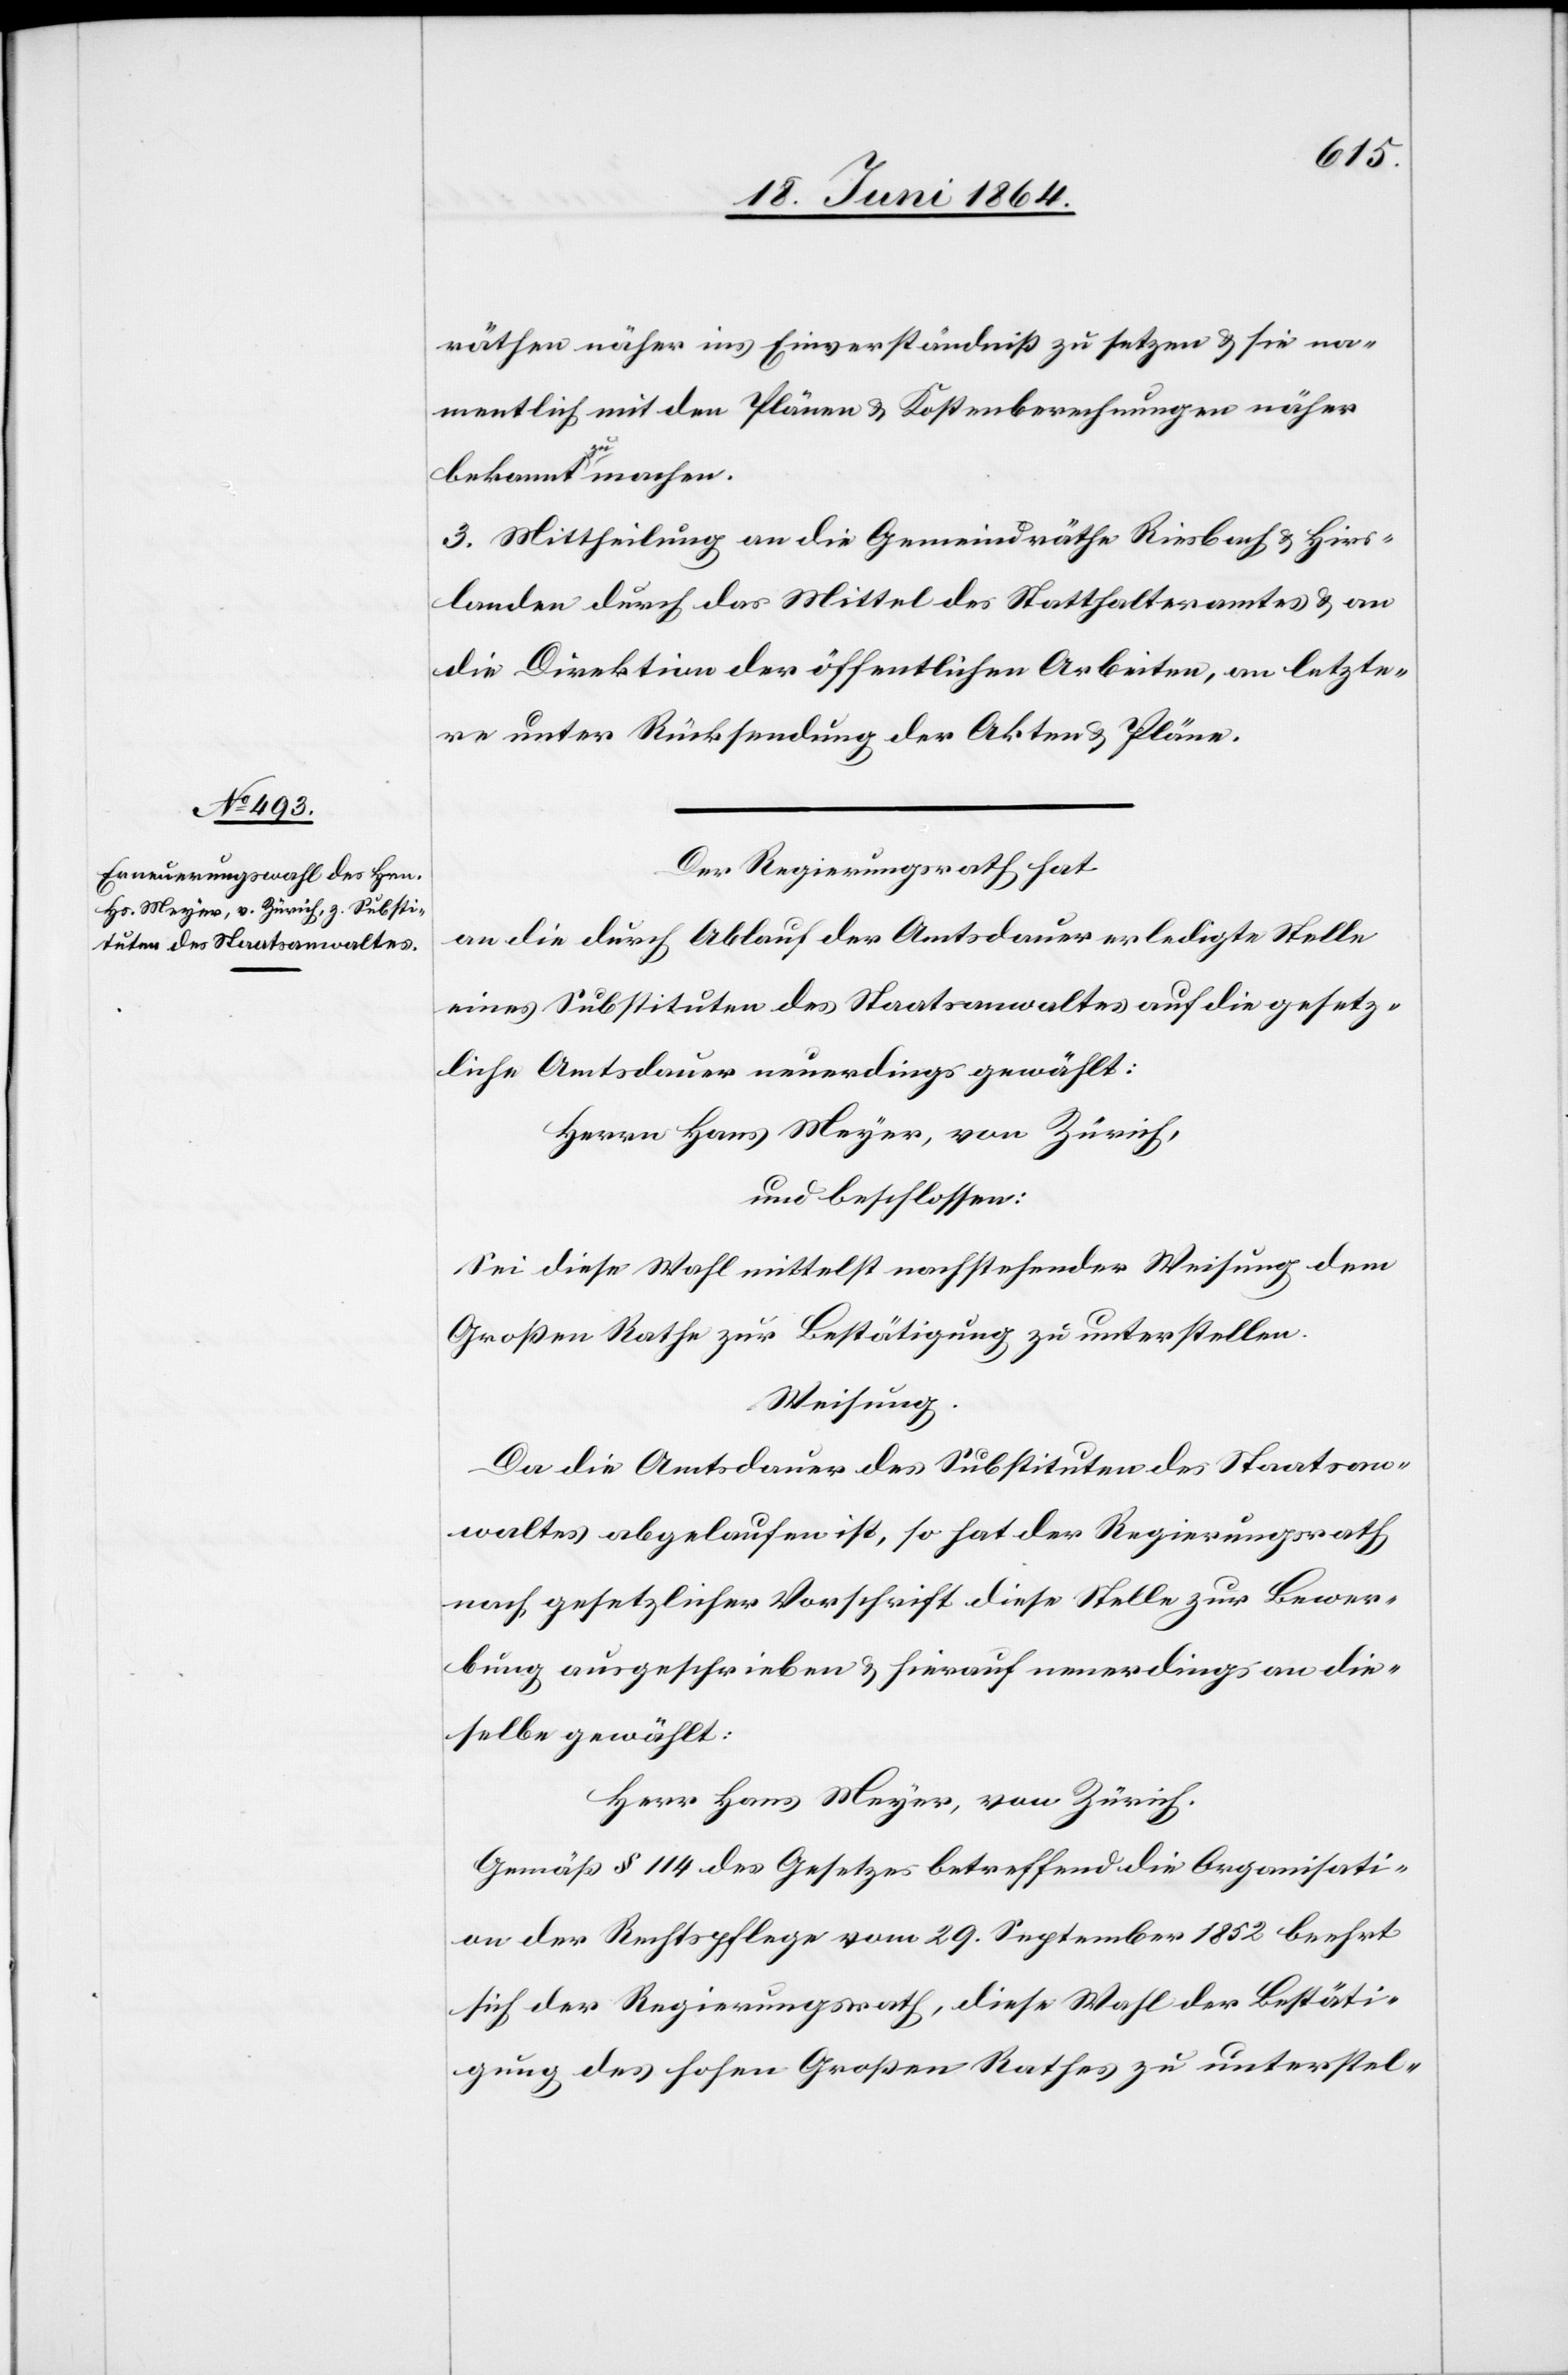
räthen näher ins Einverständniß zu setzen u. sie na¬
mentlich mit den Plänen u. Kostenberechnungen näher
bekannt zu machen.
3. Mittheilung an die Gemeindräthe Riesbach u. Hirs¬
landen durch das Mittel des Statthalteramtes u. an
die Direktion der öffentlichen Arbeiten, an letzte¬
re unter Rücksendung der Akten u. Pläne.
Der Regierungsrath hat
an die durch Ablauf der Amtsdauer erledigte Stelle
eines Substituten des Staatsanwaltes auf die gesetz¬
liche Amtsdauer neuerdings gewählt:
Herrn Hans Meyer, von Zürich,
und beschlossen:
Sei diese Wahl mittelst nachstehender Weisung dem
Großen Rathe zur Bestätigung zu unterstellen.
Weisung.
Da die Amtsdauer des Substituten des Staatsan¬
waltes abgelaufen ist, so hat der Regierungsrath
nach gesetzlicher Vorschrift diese Stelle zur Bewer¬
bung ausgeschrieben u. hierauf neuerdings an die¬
selbe gewählt:
Herr Hans Meyer, von Zürich.
Gemäß § 114 des Gesetzes betreffend die Organisati¬
on der Rechtspflege vom 29. September 1852 beehrt
sich der Regierungsrath, diese Wahl der Bestäti¬
gung des hohen Großen Rathes zu unterstel-